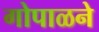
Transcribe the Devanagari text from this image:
गोपाळने